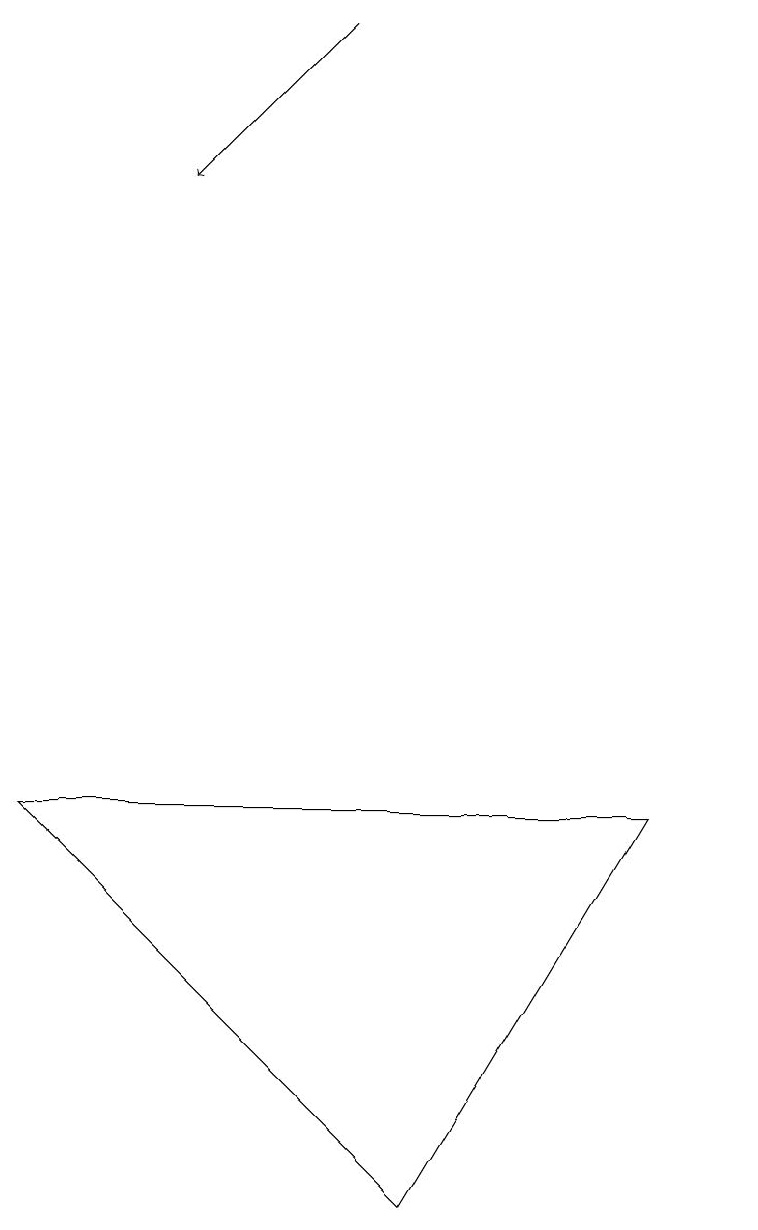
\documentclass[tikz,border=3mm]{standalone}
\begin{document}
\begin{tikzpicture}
\draw (10,12) circle (0);
\draw[->] (5,18) -- (3,16);
\draw (1,8) -- (6,3) -- (9,8) -- cycle;
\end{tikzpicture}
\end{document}